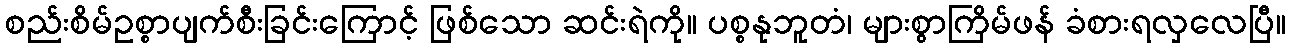
စည်းစိမ်ဥစ္စာပျက်စီးခြင်းကြောင့် ဖြစ်သော ဆင်းရဲကို။ ပစ္စနုဘူတံ၊ များစွာကြိမ်ဖန် ခံစားရလှလေပြီ။